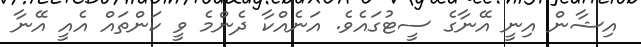
އިޝާން އިނީ އޭނާގެ ސީޓުގައެވެ. އަނެއްކާ ދެންމެ ވީ ކަންތައް އެއީ އޭނާ